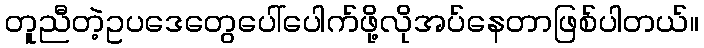
တူညီတဲ့ဥပဒေတွေပေါ်ပေါက်ဖို့လိုအပ်နေတာဖြစ်ပါတယ်။